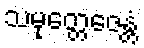
သမုတ္တေဇေန္တံ